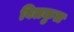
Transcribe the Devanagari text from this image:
विलकुल